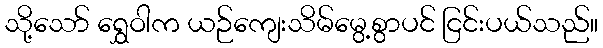
သို့သော် ရွှေဝါက ယဉ်ကျေးသိမ်မွေ့စွာပင် ငြင်းပယ်သည်။